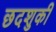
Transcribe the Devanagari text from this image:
छदशुकी